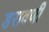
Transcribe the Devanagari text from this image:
डरावणी